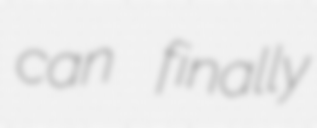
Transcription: can finally